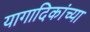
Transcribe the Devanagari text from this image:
यागादिकांच्या